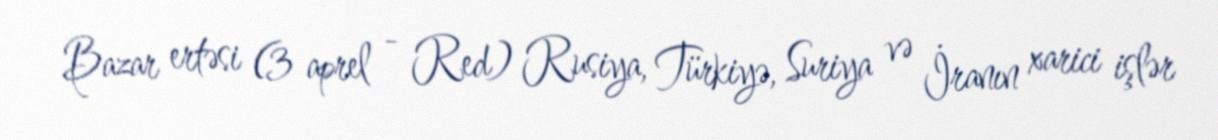
Bazar ertəsi (3 aprel - Red) Rusiya, Türkiyə, Suriya və İranın xarici işlər